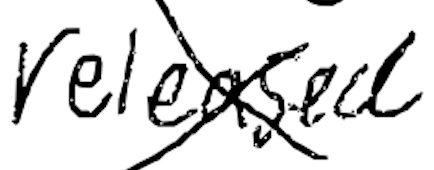
Text: released
Cross-out: mix
Writing tool: digital_black